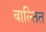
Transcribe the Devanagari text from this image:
बाल्तित